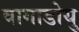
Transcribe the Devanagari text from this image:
वागाडोयु